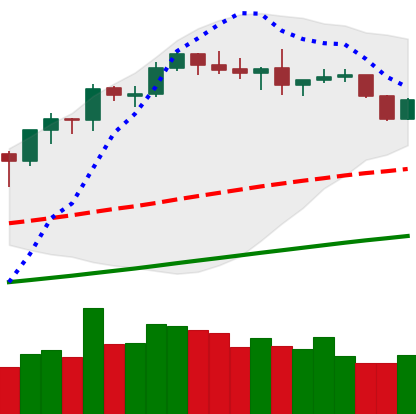
Ticker: BNB-USD
Chart end date: 2019-06-05
Forward return: 3.414%
Label: up_3_5